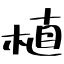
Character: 植